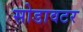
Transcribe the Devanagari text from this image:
सोडावटर